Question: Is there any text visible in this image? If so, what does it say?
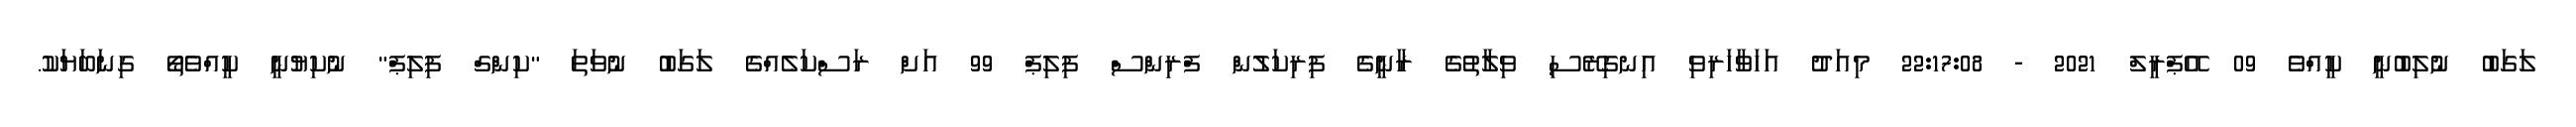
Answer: ލަގަބު ނުލިބުނީ ކީއްވެ 09 އޭޕްރީލް 2021 - 22:17:08 މިއަދު އަހަވާހަރިވި އިނގިރޭސި ވިލާތުގެ ރާނީގެ ފިރިކަލުން ފްރިންސް ފިލިޕް 99 އަށް ރަސްކަލެއްގެ ލަގަބު ނުވަތަ "ކިންގް ފިލިޕް" ނުކިޔުނީ ކީއްވެތޯ ގިނަބަޔަކު.